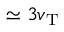
\simeq 3 v _ { \mathrm { T } }